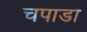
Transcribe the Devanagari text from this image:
चपाडा